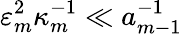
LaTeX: \varepsilon_{m}^{2}\kappa_{m}^{-1}\ll a_{m-1}^{-1}